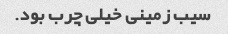
سیب زمینی خیلی چرب بود.